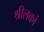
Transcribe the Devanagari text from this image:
श्रीलकां